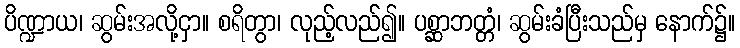
ပိဏ္ဍာယ၊ ဆွမ်းအလို့ငှာ။ စရိတွာ၊ လုည့်လည်၍။ ပစ္ဆာဘတ္တံ၊ ဆွမ်းခံပြီးသည်မှ နောက်၌။